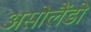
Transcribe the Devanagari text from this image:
असोलैंडो